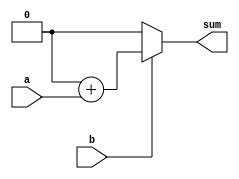
//
//    multiply_large.v

`define W (65)	// any value past 32 will suffice

module multiplier(a,b,sum);
parameter N=1;

input[N-1:0] a, b;
output[N-1:0] sum;

reg [(N-1)*2:0] tmp;
integer i;

always @(a or b)
	begin
	tmp = 0;
	for(i=0;i<N;i=i+1)
		begin
		if(b[i]) tmp=tmp + ({{N{1'b0}}, a} << i);
		end
	end
always@(posedge a)
   multiply_large.rc <= 'b0;
   always@(posedge a)
   multiply_large.rc <= 'b1;
assign sum = tmp[N:0];

endmodule


module multiply_large;

reg [0:`W-1] a, b;
wire [0:`W-1] c, s;
reg [0:`W-1] d;
integer i, j;
reg rc;

assign c=a*b;
multiplier #(`W) mpy(a,b,s);





initial
begin

rc=0;
a={{`W-1{1'b0}}, 1'b1};		// walking 1s
for(i=0;i<`W;i=i+1)
	begin
	b={{`W-1{1'b0}}, 1'b1};
	for(j=0;j<`W;j=j+1)
		begin
                #1;
		d=a*b;
		if ((c!=d)||(c!=s))
			begin
			$display("a=%h b=%h c=%h d=%h s=%h", a,b,c,d,s);
			rc=1;
			end
		b={b[1:`W-1], 1'b0};
		end
	a={a[1:`W-1], 1'b0};
	end

a={{`W-1{1'b1}}, 1'b0};		// walking 0s
for(i=0;i<`W;i=i+1)
	begin
	b={{`W-1{1'b1}}, 1'b0};
	for(j=0;j<`W;j=j+1)
		begin
                #1;
		d=a*b;
		if ((c!=d)||(c!=s))
			begin
			$display("a=%h b=%h c=%h d=%h s=%h", a,b,c,d,s);
			rc=1;
			end
		b={b[1:`W-1], 1'b1};
		end
	a={a[1:`W-1], 1'b1};
	end

a={{`W-2{1'b0}}, 2'b11};	// walking 11s
for(i=0;i<`W;i=i+1)
	begin
	b={{`W-2{1'b0}}, 2'b11};
	for(j=0;j<`W;j=j+1)
		begin
                #1;
		d=a*b;
		if ((c!=d)||(c!=s))
			begin
			$display("a=%h b=%h c=%h d=%h s=%h", a,b,c,d,s);
			rc=1;
			end
		b={b[1:`W-1], 1'b0};
		end
	a={a[1:`W-1], 1'b0};
	end

a={{`W-2{1'b1}}, 2'b00};	// walking 00s
for(i=0;i<`W;i=i+1)
	begin
	b={{`W-2{1'b1}}, 2'b00};
	for(j=0;j<`W;j=j+1)
		begin
                #1;
		d=a*b;
		if ((c!=d)||(c!=s))
			begin
			$display("a=%h b=%h c=%h d=%h s=%h", a,b,c,d,s);
			rc=1;
			end
		b={b[1:`W-1], 1'b1};
		end
	a={a[1:`W-1], 1'b1};
	end

a={{`W-3{1'b0}}, 3'b101};	// walking 101s
for(i=0;i<`W;i=i+1)
	begin
	b={{`W-3{1'b0}}, 3'b101};
	for(j=0;j<`W;j=j+1)
		begin
                #1;
		d=a*b;
		if ((c!=d)||(c!=s))
			begin
			$display("a=%h b=%h c=%h d=%h s=%h", a,b,c,d,s);
			rc=1;
			end
		b={b[1:`W-1], 1'b0};
		end
	a={a[1:`W-1], 1'b0};
	end

a={{`W-3{1'b1}}, 3'b010};	// walking 010s
for(i=0;i<`W;i=i+1)
	begin
	b={{`W-3{1'b1}}, 3'b010};
	for(j=0;j<`W;j=j+1)
		begin
                #1;
		d=a*b;
		if ((c!=d)||(c!=s))
			begin
			$display("a=%h b=%h c=%h d=%h s=%h", a,b,c,d,s);
			rc=1;
			end
		b={b[1:`W-1], 1'b1};
		end
	a={a[1:`W-1], 1'b1};
	end

if (rc) $display("FAILED"); else $display("PASSED");
$finish;
end

endmodule